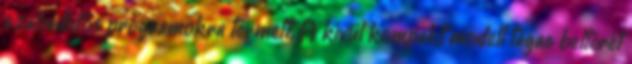
szabadidős programokra termett. A kívül kompakt modell tágas belterét